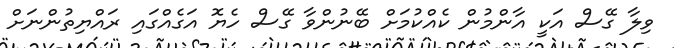
ވިލާ ގޭސް އަކީ އާންމުން ކެއްކުމަށް ބޭނުންވާ ގޭސް ހެޔޮ އަގެއްގައި ރައްޔިތުންނަށް